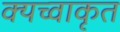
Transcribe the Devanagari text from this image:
क्यच्वाकृत